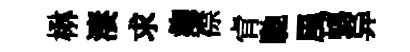
楙淒求麹襟肻馳風螭异